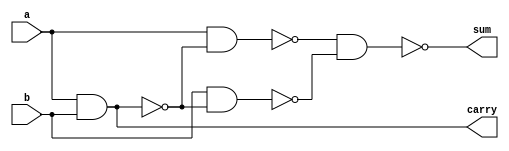
module half_adder(sum,carry,a,b);
output wire sum, carry;
input wire a,b;
//equivalent of the following equation
//assign carry=~((a~&b)&(a~&b));
wire carry0;
nand nand0(carry0,a,b);
nand nand1(carry,carry0,carry0);

wire sum0,sum1,sum2;
//basically the equivalent of the following
//assign sum=~((a~&(a~&b))&(a~&(a~&b)));  
nand nand2(sum0,a,b);
nand nand3(sum1,a,sum0);
nand nand4(sum2,b,sum0);
nand nand5(sum,sum1,sum2); 

 
endmodule